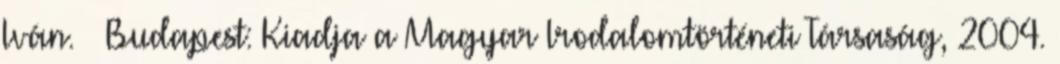
Iván. – Budapest: Kiadja a Magyar Irodalomtörténeti Társaság, 2004.